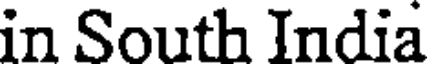
in South India